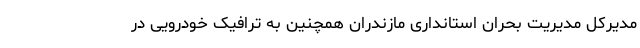
مدیرکل مدیریت بحران استانداری مازندران همچنین به ترافیک خودرویی در